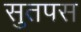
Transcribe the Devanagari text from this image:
सुतपस